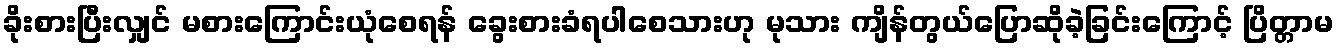
ခိုးစားပြီးလျှင် မစားကြောင်းယုံစေရန် ခွေးစားခံရပါစေသားဟု မုသား ကျိန်တွယ်ပြောဆိုခဲ့ခြင်းကြောင့် ပြိတ္တာမ